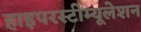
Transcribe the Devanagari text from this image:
हाइपरस्टीम्यूलेशन